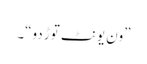
”ون یونٹ توڑ دو“۔